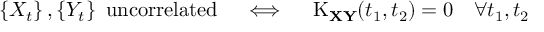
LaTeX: \left\{ X _ { t } \right\} , \left\{ Y _ { t } \right\} { \mathrm { ~ u n c o r r e l a t e d } } \quad \iff \quad \operatorname { K } _ { \mathbf { X } \mathbf { Y } } ( t _ { 1 } , t _ { 2 } ) = 0 \quad \forall t _ { 1 } , t _ { 2 }